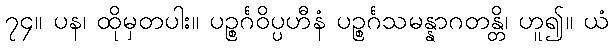
၇၄။ ပန၊ ထိုမှတပါး။ ပဉ္စင်္ဂဝိပ္ပဟီနံ ပဉ္စင်္ဂသမန္နာဂတန္တိ၊ ဟူ၍။ ယံ